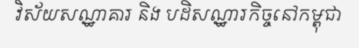
វិស័យសណ្ឋាគារ និង បដិសណ្ឋារកិច្ចនៅកម្ពុជា